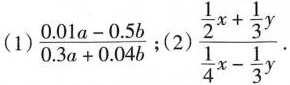
(1)$$\frac{0.01a-0.5b}{0.3a+0.04b} $$ ;（2）